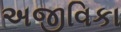
અજીવિકા